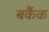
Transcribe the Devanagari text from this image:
बर्कैक